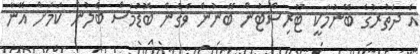
އެ ދަތުރުގެ ބޭނުމަކީ ޓޫރިސްޓުން ބޭނުން ވެގެން ބޮޑުމަސް ބެލުން ކަމަށް އޭނާ